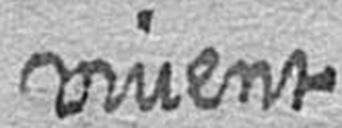
vivent